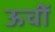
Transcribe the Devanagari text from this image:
ऊचीं